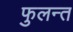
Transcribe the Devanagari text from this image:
फुलन्त